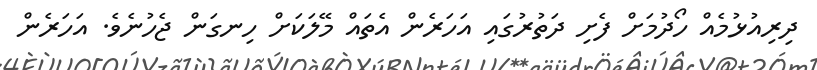
ދިރިއުޅުމެއް ހޯދުމަށް ފެށި ދަތުރުގައި އަހަރެން އެތައް މޭލަކަށް ހިނގަން ޖެހުނެވެ. އަހަރެން